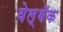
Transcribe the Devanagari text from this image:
वेल्बॅक